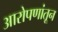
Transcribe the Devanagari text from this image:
आरोपणांतून